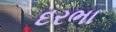
દરભા